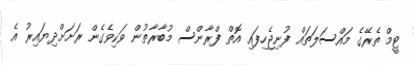
ޓީމް ތެރޭގެ މައްސަލަތައް ފުނިޖެހިފައި އޮތް ފްރާންސް މުބާރާތުން ވަކިވެގެން ރަށަށްދިޔައިރު އެ